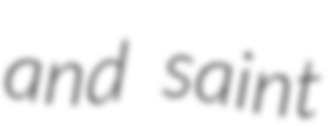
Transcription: and saint